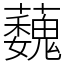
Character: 蘶